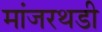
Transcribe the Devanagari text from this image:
मांजरथडी